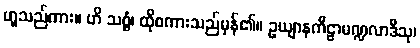
ဟူသည်ကား။ ဟိ သစ္စံ၊ ထိုစကားသည်မှန်၏။ ဥယျာနကီဠာမဏ္ဍလာဒီသု၊